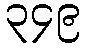
၃၄၉